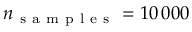
n _ { \mathrm { ~ s ~ a ~ m ~ p ~ l ~ e ~ s ~ } } = 1 0 \, 0 0 0